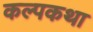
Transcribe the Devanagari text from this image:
कल्पकथा